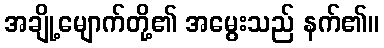
အချို့မျောက်တို့၏ အမွေးသည် နက်၏။